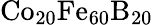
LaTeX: \mathrm{{Co}_{20}\mathrm{{Fe}_{60}\mathrm{{B}_{20}}}}